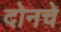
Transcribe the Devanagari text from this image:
दोनचे